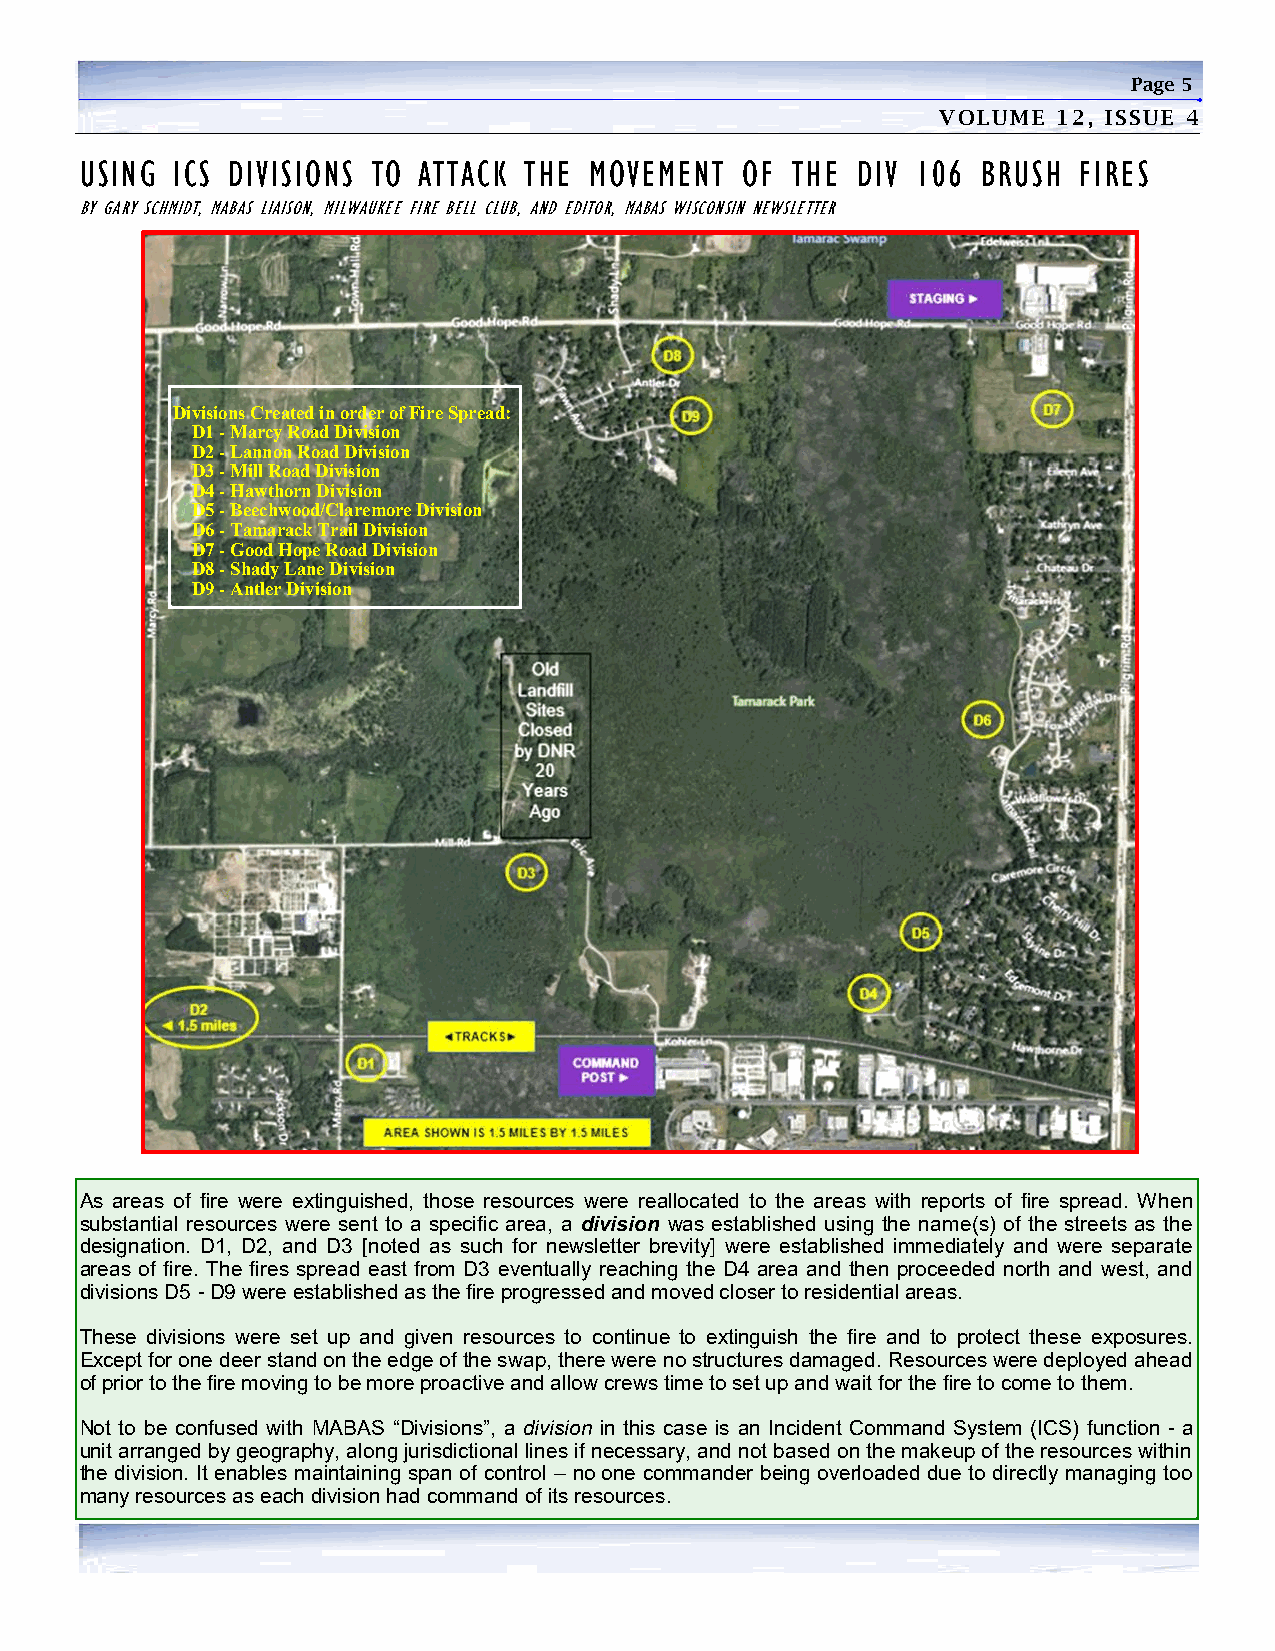
Page 5
 VOLUME  12, ISSUE 4
 USING ICS DIVISIONS TO ATTACK THE MOVEMENT  OF THE  DIV 106 BRUSH FIRES
 BY GARY SCHMIDT, MABAS LIAISON, MILWAUKEE FIRE BELL CLUB, AND EDITOR, MABAS WISCONSIN NEWSLETTER
 Divisions Created in order of Fire Spread:
 D1 - Marcy Road Division
 D2 - Lannon Road Division
 D3 - Mill Road Division
 D4 - Hawthorn Division
 D5 - Beechwood/Claremore Division
 D6 - Tamarack Trail Division
 D7 - Good Hope Road Division
 D8 - Shady Lane Division
 D9 - Antler Division
 As areas of fire were extinguished, those resources were reallocated to the areas with reports of fire spread. When
 substantial resources were sent to a specific area, a division was established using the name(s) of the streets as the
 designation. D1, D2, and D3 [noted as such for newsletter brevity] were established immediately and were separate
 areas of fire. The fires spread east from D3 eventually reaching the D4 area and then proceeded north and west, and
 divisions D5 - D9 were established as the fire progressed and moved closer to residential areas.
 These divisions were set up and given resources to continue to extinguish the fire and to protect these exposures.
 Except for one deer stand on the edge of the swap, there were no structures damaged. Resources were deployed ahead
 of prior to the fire moving to be more proactive and allow crews time to set up and wait for the fire to come to them.
 Not to be confused with MABAS “Divisions”, a division in this case is an Incident Command System (ICS) function - a
 unit arranged by geography, along jurisdictional lines if necessary, and not based on the makeup of the resources within
 the division. It enables maintaining span of control – no one commander being overloaded due to directly managing too
 many resources as each division had command of its resources.